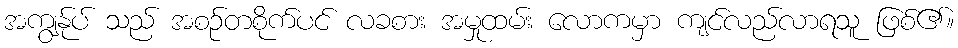
အကျွန်ုပ် သည် အစဉ်တစိုက်ပင် လခစား အမှုထမ်း လောကမှာ ကျင်လည်လာရသူ ဖြစ်၏။